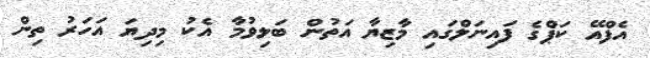
އެފްއޭ ކަޕްގެ ފައިނަލްގައި މާޒިޔާ އަތުން ބަލިވުމާ އެކު މިދިޔަ އަހަރު ތިން